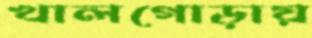
খালগোড়ায়